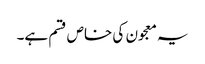
یہ معجون کی خاص قسم ہے۔